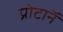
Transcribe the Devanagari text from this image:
प्रोटाॅन